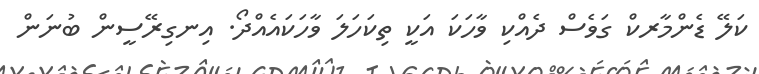
ކަލޭ ޑެންމާރކް ގަވެސް ދެއްކި ވާހަކަ އަކީ ތިކަހަލަ ވާހަކައެއްދޯ. އިނގިރޭސީން ބުނަން